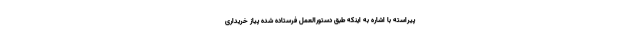
پیراسته با اشاره به اینکه طبق دستورالعمل فرستاده شده پیاز خریداری